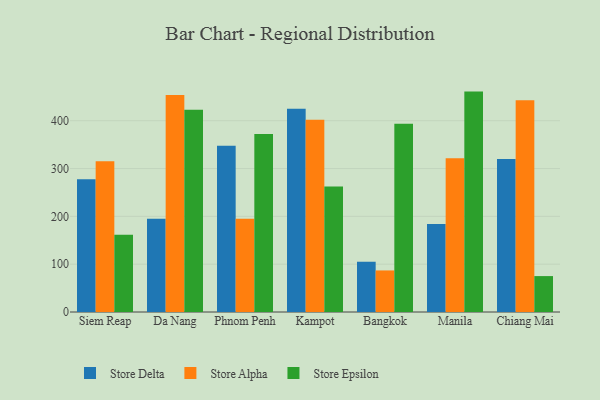
{"axis": {"x": "City", "y": "Headcount"}, "legend": ["Store Alpha", "Store Delta", "Store Epsilon"], "data": [{"x": "Siem Reap", "y": 277.6, "type": "Store Delta"}, {"x": "Siem Reap", "y": 315.2, "type": "Store Alpha"}, {"x": "Siem Reap", "y": 161.4, "type": "Store Epsilon"}, {"x": "Da Nang", "y": 195.0, "type": "Store Delta"}, {"x": "Da Nang", "y": 453.6, "type": "Store Alpha"}, {"x": "Da Nang", "y": 422.7, "type": "Store Epsilon"}, {"x": "Phnom Penh", "y": 347.6, "type": "Store Delta"}, {"x": "Phnom Penh", "y": 195.2, "type": "Store Alpha"}, {"x": "Phnom Penh", "y": 372.2, "type": "Store Epsilon"}, {"x": "Kampot", "y": 424.8, "type": "Store Delta"}, {"x": "Kampot", "y": 402.0, "type": "Store Alpha"}, {"x": "Kampot", "y": 262.5, "type": "Store Epsilon"}, {"x": "Bangkok", "y": 105.1, "type": "Store Delta"}, {"x": "Bangkok", "y": 86.9, "type": "Store Alpha"}, {"x": "Bangkok", "y": 393.6, "type": "Store Epsilon"}, {"x": "Manila", "y": 184.2, "type": "Store Delta"}, {"x": "Manila", "y": 321.7, "type": "Store Alpha"}, {"x": "Manila", "y": 460.9, "type": "Store Epsilon"}, {"x": "Chiang Mai", "y": 319.9, "type": "Store Delta"}, {"x": "Chiang Mai", "y": 442.9, "type": "Store Alpha"}, {"x": "Chiang Mai", "y": 75.1, "type": "Store Epsilon"}]}